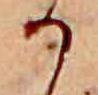
か